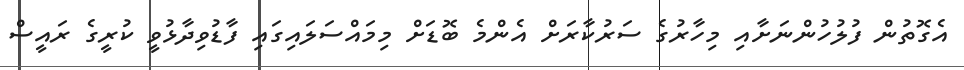
އެގޮތުން ފުލުހުންނަށާއި މިހާރުގެ ސަރުކާރަށް އެންމެ ބޮޑަށް މިމައްސަލައިގައި ފާޑުވިދާޅުވީ ކުރީގެ ރައީސް